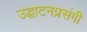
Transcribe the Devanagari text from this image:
उद्घाटनप्रसंगी